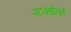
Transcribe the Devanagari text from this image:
पटवर्धनहे